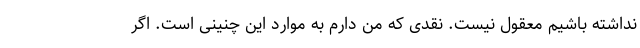
نداشته باشیم معقول نیست. نقدی که من دارم به موارد این چنینی است. اگر